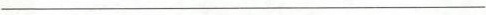
___